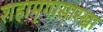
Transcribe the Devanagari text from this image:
शहामृगासारखा